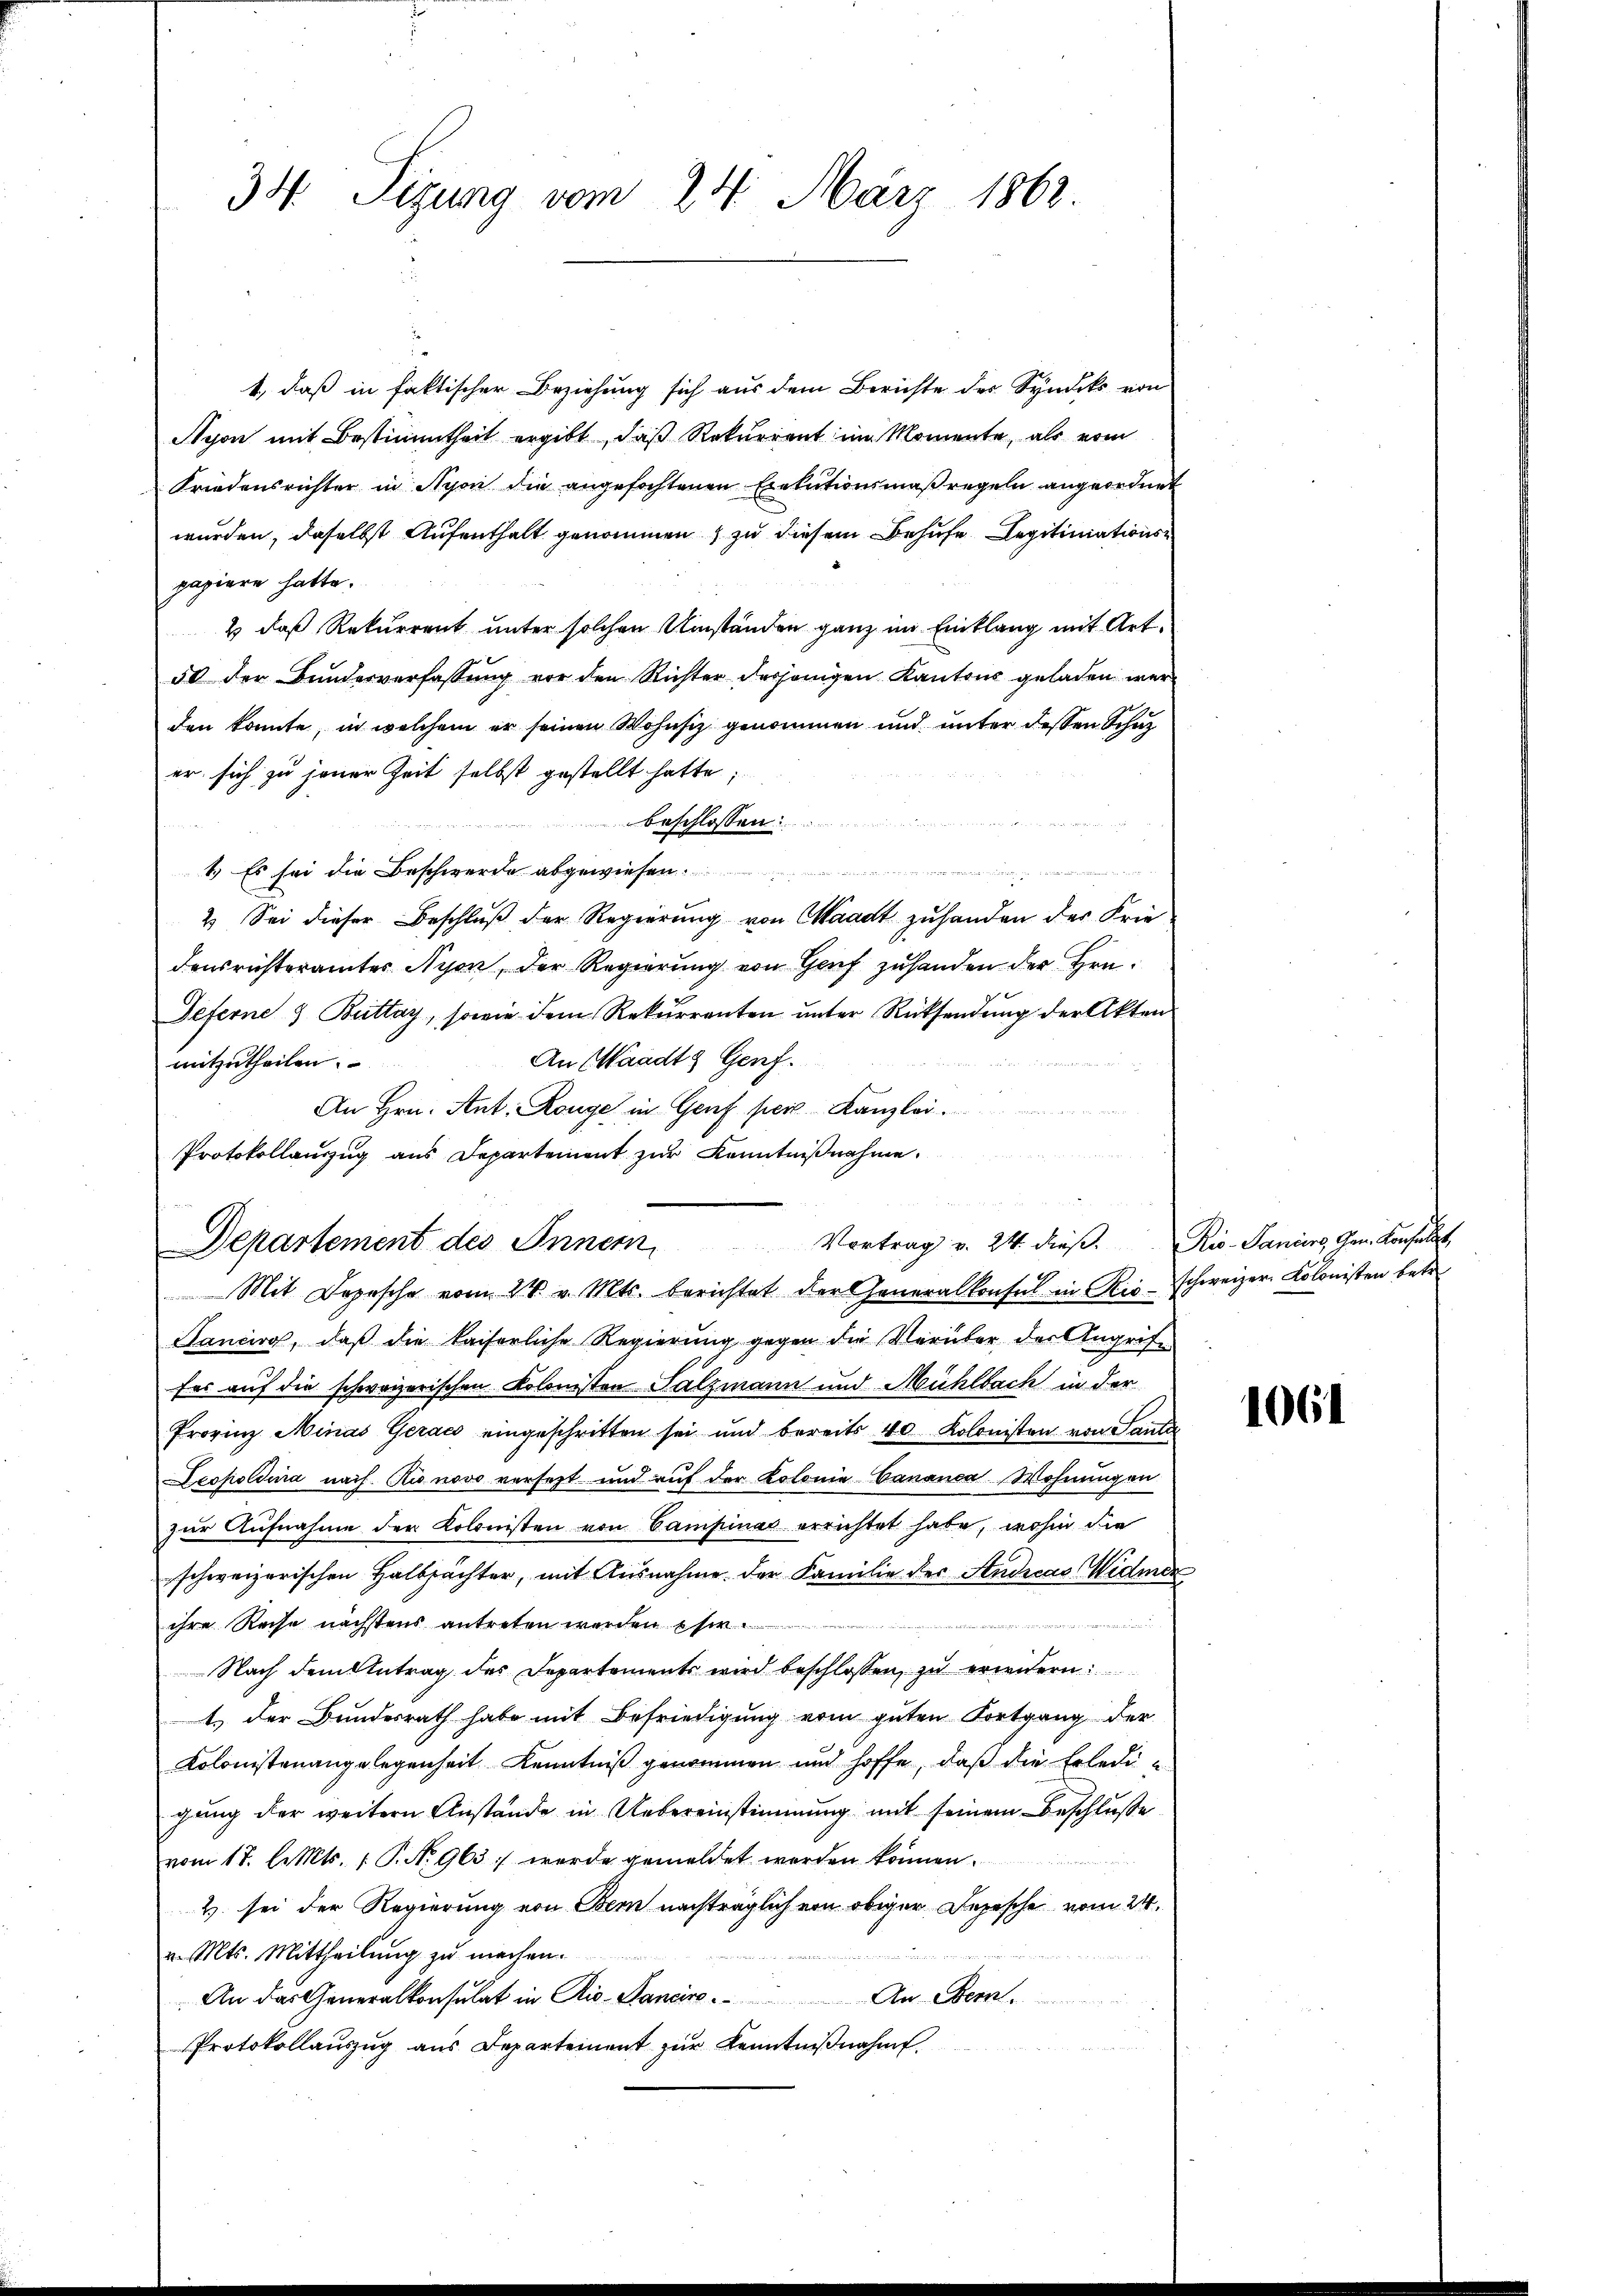
34 Sizung vom 24. März 1862.

1, daß in faktischer Beziehung sich aus dem Berichte des Syndiks von
Nyon mit Bestimmtheit ergibt, daß Rekurrent im Momente, als vom
Friedensrichter in Nyon die angefochtenen Exekutionsmaßregeln angeordnet
wurden, daselbst Aufenthalt genommen & zu diesem Behufe Legitiniationspapiere hatte.
2 daß Rekurrent unter solchen Umständen ganz im Einklang mit Art.
50 der Bundesverfassung vor den Richter desjenigen Kantons geladen werd
den konnte, in welchem er seinen Wohnsiz genommen und unter dessen Schaz
er sich zu jener Zeit selbst gestellt hatte;
beschlossen:

1.) Es sei die Beschwerde abgewiesen.
2. Sei dieser Beschluß der Regierung von Waadt zuhanden der Frie
densrichterämter Nyon, der Regierung von Genf zuhanden der Hrn.
Deferne 3 Bettay, sowie dem Rekurrenten unter Rücksendung der Akten
An Waadt Genf.
mitzutheilen.
An Hrn. Ant. Range in Genf per Kanzlei.
Protokollanzŭg ans Departement zŭr Kenntniβnahme.

Vortrag v. 24. dieß. Ris-Saniers, Gem. Konstellt
Departement des Innern
Mit Depesche vom 28. v. Mts. berichtet der Generalkonsul in Ris-schweizer Kolonisten betr

Sancirg, daß die kaiserliche Regierung gegen die Verüber der Angriffes auf die schweizerischen Kolonisten Salzmann und Mühlbach in der
Provinz Minas Gerae eingeschritten sei und bereits 40. Kolonisten von Santa
Leopoldina nach. Kinovo versetzt und auf der Kolonie Bananca Wohnungen
zŭr Aŭfnahme der Kolonisten von Campinas errichtet habe, wohin die
schweizerischen Halbpächter, mit Ausnahme der Familie der Andreas Widende
ihre Reise nächstens antreten werden sie
Nach dem Antrag des Departements wird beschlossen, zu erwidern:
1.) Der Bundesrath habe mit Befriedigung vom guten Fortgang der
Kolonistenangelegenheit Kenntniß genommen und hoffe, daß die Erledigung der weitern Anstände in Uebereinstimmung mit seinem Beschluße
vom 17. Cts. 1 P. N. 963 : werde gemeldet worden können.
2 sei der Regierung von Bern nachträglich von obiger Depesche vom 24.
n
v. Mts. Mittheilŭng zŭ machen.
An das Generalkonsulat in Rio- Sancire. An Bern.
Protokollaŭszŭg aŭs Departement zŭr Kenntniβnahm.

1061